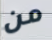
من